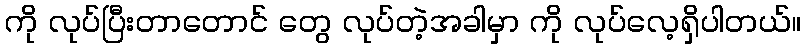
ကို လုပ်ပြီးတာတောင် တွေ လုပ်တဲ့အခါမှာ ကို လုပ်လေ့ရှိပါတယ်။